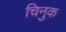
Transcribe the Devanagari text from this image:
चिनुक